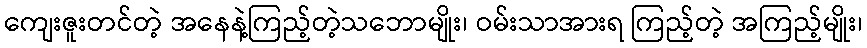
ကျေးဇူးတင်တဲ့ အနေနဲ့ကြည့်တဲ့သဘောမျိုး၊ ဝမ်းသာအားရ ကြည့်တဲ့ အကြည့်မျိုး၊